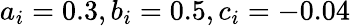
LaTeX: a_{i}=0.3,b_{i}=0.5,c_{i}=-0.04